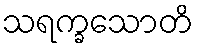
သရက္ခသောတိ